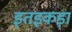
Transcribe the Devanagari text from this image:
इतइकड़ा